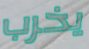
يخرب